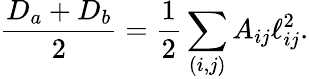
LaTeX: \frac{D_{a}+D_{b}}{2}=\frac 12\sum_{(i,j)}A_{ij}\ell_{ij}^{2}.